Sleeping sickness
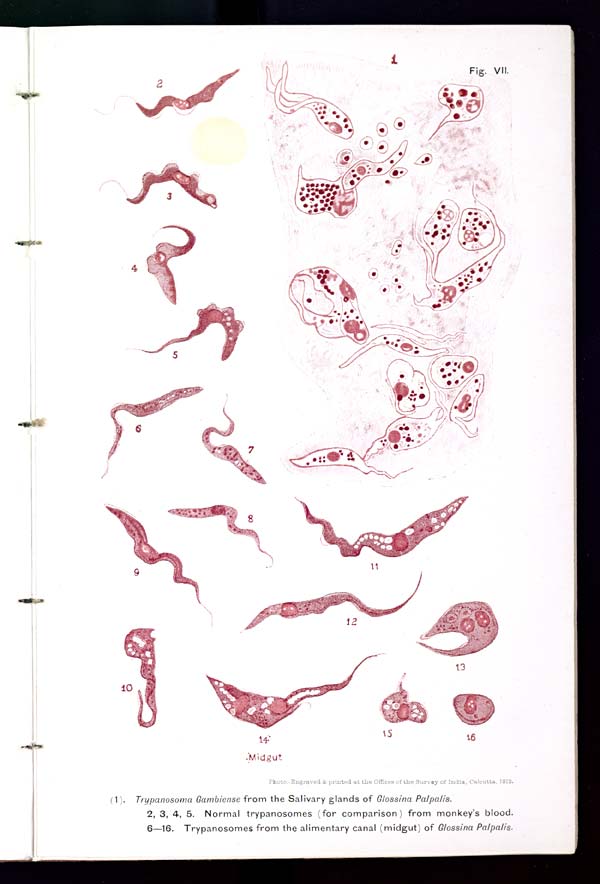
Photo.-Engraved & printed at the Offices of the Survey of India, Calcutta, 1912.
(1). Trypanosoma Gambiense from the Salivary glands of Glossina Palpalis.
2, 3, 4, 5. Normal trypanosomes (for comparison) from monkey's blood.
6—16. Trypanosomes from the alimentary canal (midgut) of Glossina Palpalis.
Fig. VII.